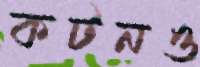
কটনও